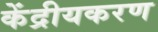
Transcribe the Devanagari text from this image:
केंद्रीयकरण